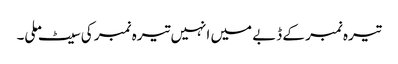
تیرہ نمبر کے ڈبے میں انہیں تیرہ نمبر کی سیٹ ملی۔